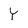
Character: Y